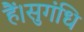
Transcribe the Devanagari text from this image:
हैं।सुगंधि